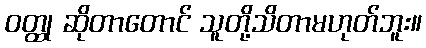
ဝတ္ထု ဆိုတာတောင် သူတို့သိတာမဟုတ်ဘူး။